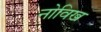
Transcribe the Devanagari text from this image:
नोविख